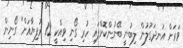
ވަރަށް އުނދަގުލުން ލިބުނީ ބޭނުންކޮށްފައި ހުރި ގޯނި ވިއްކީ 12 ރުފިޔާއަށް" ގޯނިން